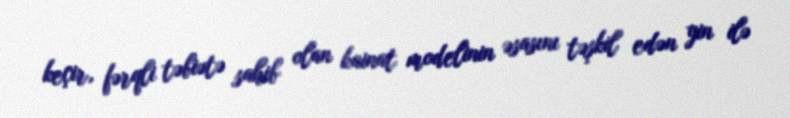
keçir, fərqli təbiətə sahib olan kainat modelinin əsasını təşkil edən yin ilə